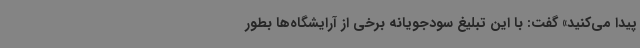
پیدا می‌کنید» گفت: با این تبلیغ سودجویانه برخی از آرایشگاه‌ها بطور